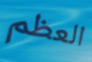
العظم